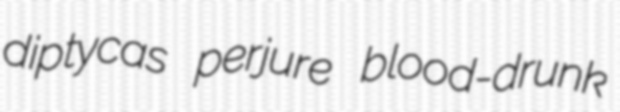
diptycas perjure blood-drunk